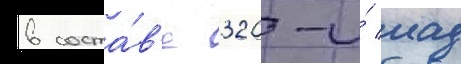
в соста́в'е 320-и́ иад